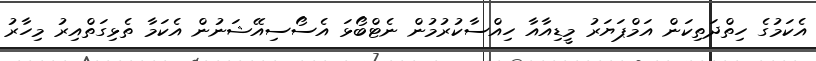
އެކަމުގެ ހިތްދަތިކަން އަމްޕަޔަރު މީޑިއާއާ ހިއްސާކުރުމުން ނެޓްބޯޅަ އެސޯސިއޭޝަނުން އެކަމާ ތެޅިގަތްއިރު މިހާރު